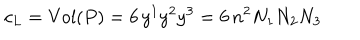
c _ { L } = \mathrm { V o l } ( P ) = 6 \, y ^ { 1 } y ^ { 2 } y ^ { 3 } = 6 \, n ^ { 2 } N _ { 1 } N _ { 2 } N _ { 3 }